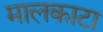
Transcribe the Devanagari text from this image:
मालकाटा